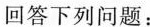
回答下列问题：